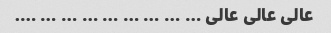
عالی عالی عالی … … … … … … … … ….